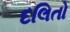
દલિતો